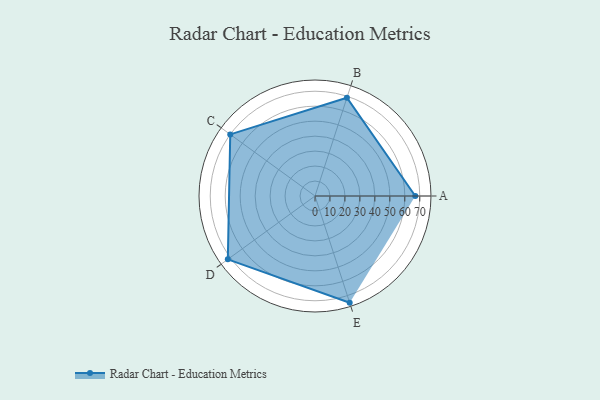
{"axis": {"x": "Skill", "y": "Score"}, "legend": ["Profile"], "data": [{"x": "A", "y": 67.0, "type": "Profile"}, {"x": "B", "y": 69.0, "type": "Profile"}, {"x": "C", "y": 70.0, "type": "Profile"}, {"x": "D", "y": 72.0, "type": "Profile"}, {"x": "E", "y": 75.0, "type": "Profile"}]}